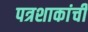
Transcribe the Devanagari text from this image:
पत्रशाकांची